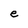
Character: e